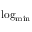
\mathrm { l o g } _ { \mathrm { m i n } }